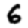
Digit: 6